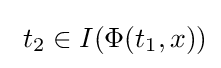
\ t_{2}\in I(\Phi (t_{1},x))